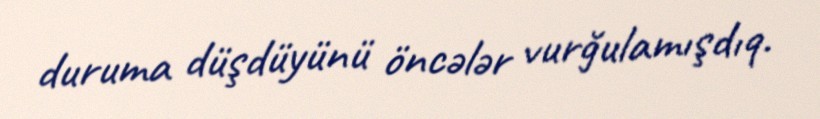
duruma düşdüyünü öncələr vurğulamışdıq.